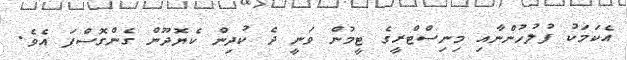
އެކަމަކު ފުލުހުންނާއި މިނިސްޓްރީގެ ޓީމުން ވަނީ ދެ ކުދިން ކެޔޮދޫން ގެންގޮސްފަ އެވެ.